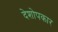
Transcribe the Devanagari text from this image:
देशोपकार